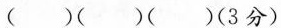
( )( )( )(3分)